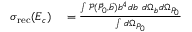
\begin{array} { r l } { \sigma _ { \mathrm { r e c } } ( E _ { c } ) } & { { } = \frac { \int \mathcal { P } ( \vec { P } _ { 0 } , \vec { b } ) b ^ { 4 } d b ~ d \Omega _ { b } d \Omega _ { P _ { 0 } } } { \int d \Omega _ { P _ { 0 } } } } \end{array}